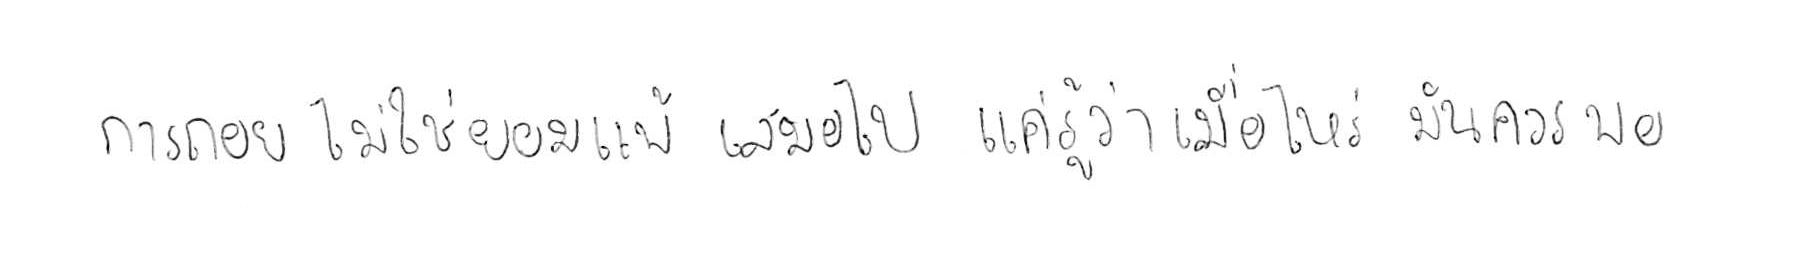
การถอย ไม่ใช่ยอมแพ้ เสมอไป แค่รู้ว่าเมื่อไหร่ มันควรพอ